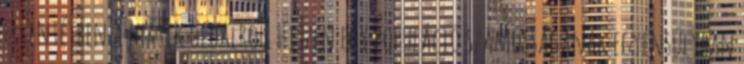
ellentétben a másik oldalról. Hiszen egy populáció számosságának egyensúlyban